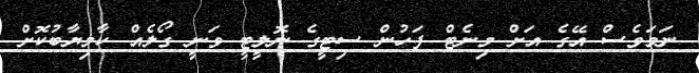
ނަމަވެސް އޭގެ އަށް މިނެޓް ފަހުން ސިޓީގެ ނޮލީޓީ ވަނީ ގޯލެއް ކާމިޔާބުކޮށް